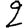
Digit: 2